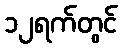
၁၂ရက်တွင်